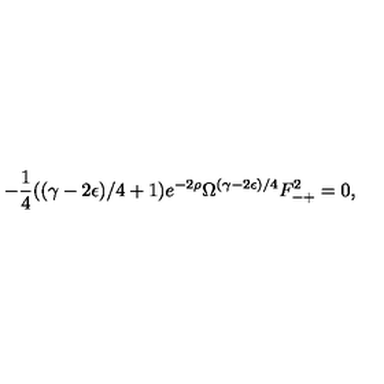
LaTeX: - \frac { 1 } { 4 } ( ( \gamma - 2 \epsilon ) / 4 + 1 ) e ^ { - 2 \rho } \Omega ^ { ( \gamma - 2 \epsilon ) / 4 } F _ { - + } ^ { 2 } = 0 ,